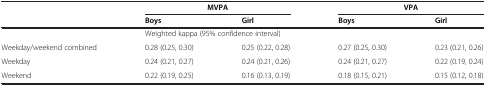
<table><thead><tr><td rowspan="2"><b> </b></td><td colspan="2"><b>MVPA</b></td><td colspan="2"><b>VPA</b></td></tr><tr><td><b>Boys</b></td><td><b>Girl</b></td><td><b>Boys</b></td><td><b>Girl</b></td></tr></thead><tbody><tr><td> </td><td colspan="4">Weighted kappa (95% confidence interval)</td></tr><tr><td>Weekday/weekend combined</td><td>0.28 (0.25, 0.30)</td><td>0.25 (0.22, 0.28)</td><td>0.27 (0.25, 0.30)</td><td>0.23 (0.21, 0.26)</td></tr><tr><td>Weekday</td><td>0.24 (0.21, 0.27)</td><td>0.24 (0.21, 0.26)</td><td>0.24 (0.21, 0.27)</td><td>0.22 (0.19, 0.24)</td></tr><tr><td>Weekend</td><td>0.22 (0.19, 0.25)</td><td>0.16 (0.13, 0.19)</td><td>0.18 (0.15, 0.21)</td><td>0.15 (0.12, 0.18)</td></tr></tbody></table>